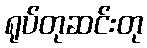
ရုပ်တုဆင်းတု